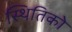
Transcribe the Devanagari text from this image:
स्थितिको